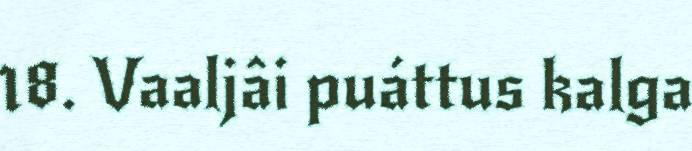
18. Vaaljâi puáttus kalga